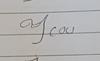
Signature authenticity: forged